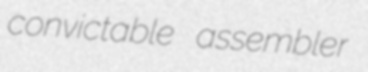
convictable assembler